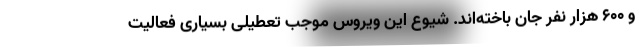
و ۶۰۰ هزار نفر جان باخته‌اند. شیوع این ویروس موجب تعطیلی بسیاری فعالیت